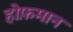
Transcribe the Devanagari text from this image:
होफ़मान